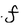
Character: f